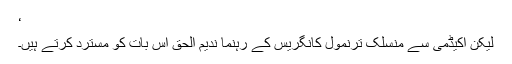
‘
لیکن اکیڈمی سے منسلک ترنمول کانگریس کے رہنما نديم الحق اس بات کو مسترد کرتے ہیں۔